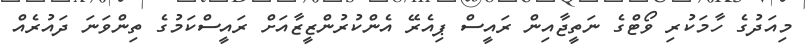
މިއަދުގެ ހާމަކުރި ވޯޓްގެ ނަތީޖާއިން ރައީސް ޕިއެރޭ އެންކުރުންޒީޒާއަށް ރައީސްކަމުގެ ތިންވަނަ ދައުރެއް